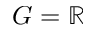
G = \mathbb R